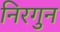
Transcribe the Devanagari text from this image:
निरगुन